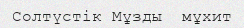
Солтүстік Мұзды  мұхит